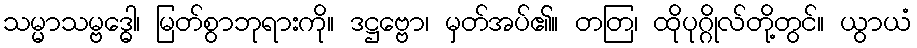
သမ္မာသမ္ဗဒ္ဓေါ၊ မြတ်စွာဘုရားကို။ ဒဋ္ဌဗ္ဗော၊ မှတ်အပ်၏။ တတြ၊ ထိုပုဂ္ဂိုလ်တို့တွင်။ ယွာယံ